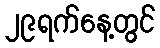
၂၉ရက်နေ့တွင်